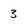
Character: 3